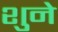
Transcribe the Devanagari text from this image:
शुने